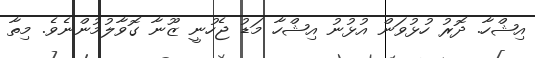
އިޝްހާ. ދޮރު ހުޅުވަން އުޅުނު އިޝްހާ މަޑު ޖެހުނީ ޒޫނާ ގޮވާލުމުންނެވެ. މިތާ